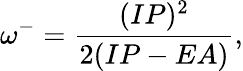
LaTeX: \omega^{-}=\frac{(IP)^{2}}{2(IP-EA)},